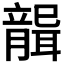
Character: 𦗤